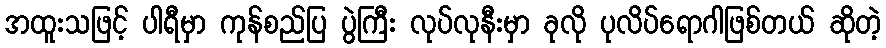
အထူးသဖြင့် ပါရီမှာ ကုန်စည်ပြ ပွဲကြီး လုပ်လုနီးမှာ ခုလို ပုလိပ်ရောဂါဖြစ်တယ် ဆိုတဲ့